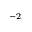
^ { - 2 }